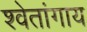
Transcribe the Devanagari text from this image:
श्वेतांगाय